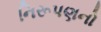
નિરૂપણનો